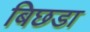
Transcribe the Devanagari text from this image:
बिछडा